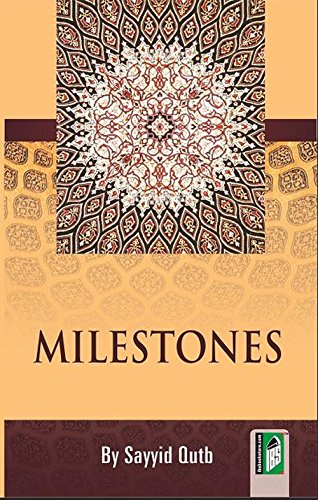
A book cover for Milestones; Sayed Qutb; Politics & Social Sciences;